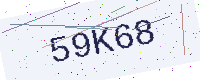
Text: 59K68